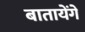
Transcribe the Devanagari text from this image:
बातायेंगे